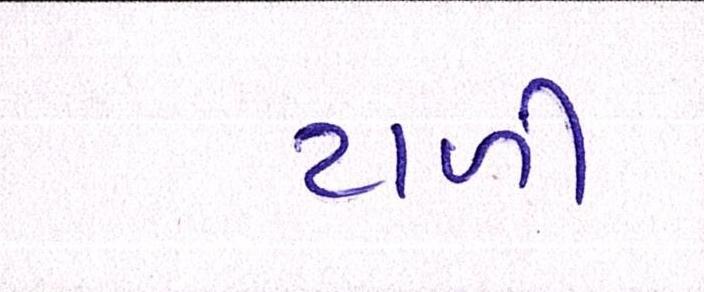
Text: ટાળી